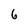
Character: 6